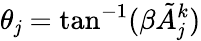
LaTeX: \theta_{\mathit{j}}=\tan^{-1}(\beta\tilde{{A}}_{\mathit{j}}^{k})